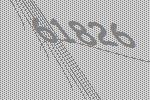
61826